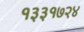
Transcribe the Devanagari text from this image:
१३३१७२४